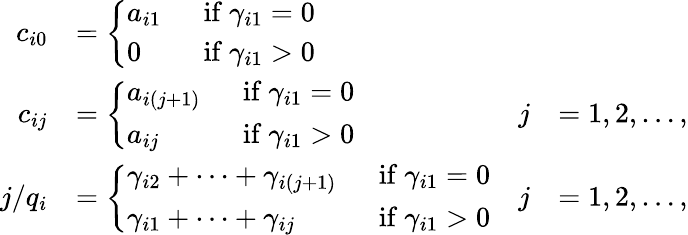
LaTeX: \begin{array}{rlrl}{c_{i0}}&{=\left\{ \begin{array}{ll}{a_{i1}\ \ }&{\mathrm{if}\ \gamma_{i1}=0}\\ {0\ \ }&{\mathrm{if}\ \gamma_{i1}>0}\end{array}\right.}\\ {c_{ij}}&{=\left\{ \begin{array}{ll}{a_{i(j+1)}\ \ }&{\mathrm{if}\ \gamma_{i1}=0}\\ {a_{ij}\ \ }&{\mathrm{if}\ \gamma_{i1}>0}\end{array}\right.}&{j}&{=1,2,\ldots,}\\ {j/q_{i}}&{=\left\{ \begin{array}{ll}{\gamma_{i2}+\cdots+\gamma_{i(j+1)}\ \ }&{\mathrm{if}\ \gamma_{i1}=0}\\ {\gamma_{i1}+\cdots+\gamma_{ij}\ \ }&{\mathrm{if}\ \gamma_{i1}>0}\end{array}\right.}&{j}&{=1,2,\ldots,}\end{array}